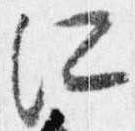
所